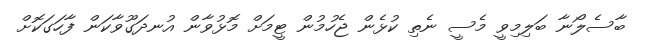
ބާސެލޯނާ ބަލިމިވީ މެސީ ނެތި ކުޅެން ޖެހުމުން ޓީމަށް މޮޅުވާން އުނދަގޫވާކަން ފާހަގަކޮށް